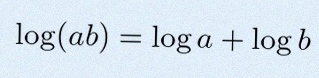
\log(ab)=\log a+\log b